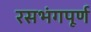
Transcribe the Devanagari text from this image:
रसभंगपूर्ण